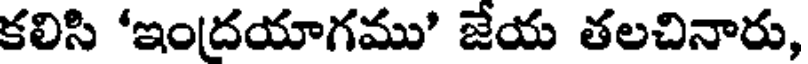
కలిసి 'ఇందయాగము' జేయ తలచినారు,